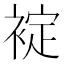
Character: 䘺